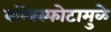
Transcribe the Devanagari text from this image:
बॉम्बस्फोटामुळे